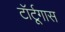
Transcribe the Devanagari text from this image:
टॉर्टूगास